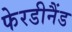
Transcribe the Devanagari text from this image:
फेरडीनैंड